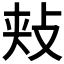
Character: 𪯋